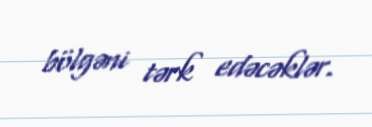
bölgəni tərk edəcəklər.